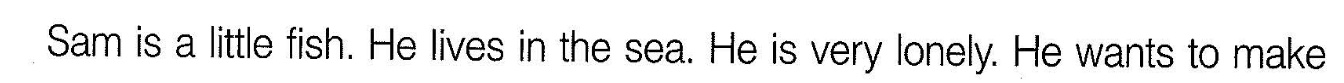
Sam is a little fish. He lives in the sea. He is very lonely. He wants to make